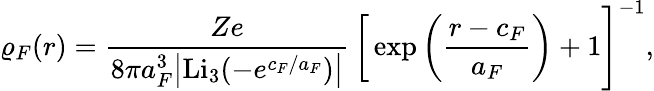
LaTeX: \varrho_{F}(r)=\frac{Ze}{8\pi a_{F}^{3}\big|\mathrm{Li}_{3}(-e^{c_{F}/a_{F}})\big|}\, \bigg[\exp\bigg(\frac{r-c_{F}}{a_{F}}\bigg)+1\Bigg]^{-1},